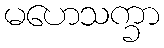
မဟေသက္ခာ